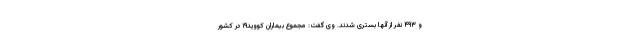
و ۴۹۳ نفر از آنها بستری شدند. وی گفت: مجموع بیماران کووید۱۹ در کشور